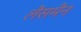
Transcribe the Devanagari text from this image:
लैसमैन